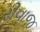
રીવાજ